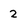
Character: 2